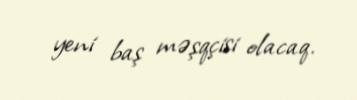
yeni baş məşqçisi olacaq.